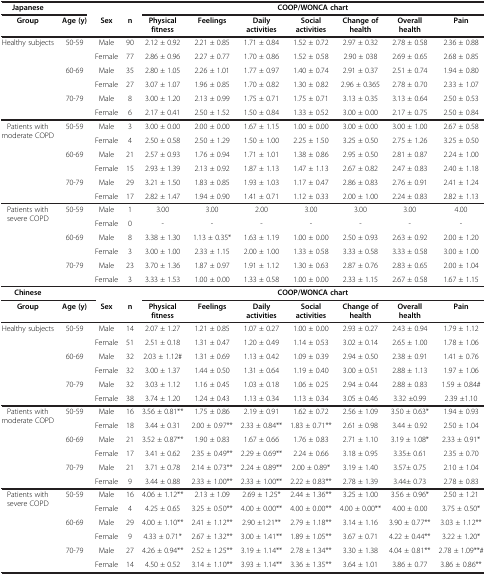
<table><thead><tr><td><b>Japanese</b></td><td><b> </b></td><td><b> </b></td><td><b> </b></td><td colspan="7"><b>COOP/WONCA chart</b></td></tr><tr><td><b>Group</b></td><td><b>Age (y)</b></td><td><b>Sex</b></td><td><b>n</b></td><td><b>Physical fitness</b></td><td><b>Feelings</b></td><td><b>Daily activities</b></td><td><b>Social activities</b></td><td><b>Change of health</b></td><td><b>Overall health</b></td><td><b>Pain</b></td></tr></thead><tbody><tr><td rowspan="4">Healthy subjects</td><td rowspan="2">50-59</td><td>Male</td><td>90</td><td>2.12 ± 0.92</td><td>2.21 ± 0.85</td><td>1.71 ± 0.84</td><td>1.52 ± 0.72</td><td>2.97 ± 0.32</td><td>2.78 ± 0.58</td><td>2.36 ± 0.88</td></tr><tr><td>Female</td><td>77</td><td>2.86 ± 0.96</td><td>2.27 ± 0.77</td><td>1.70 ± 0.86</td><td>1.52 ± 0.58</td><td>2.90 ± 038</td><td>2.69 ± 0.65</td><td>2.68 ± 0.85</td></tr><tr><td rowspan="2">60-69</td><td>Male</td><td>35</td><td>2.80 ± 1.05</td><td>2.26 ± 1.01</td><td>1.77 ± 0.97</td><td>1.40 ± 0.74</td><td>2.91 ± 0.37</td><td>2.51 ± 0.74</td><td>1.94 ± 0.80</td></tr><tr><td>Female</td><td>27</td><td>3.07 ± 1.07</td><td>1.96 ± 0.85</td><td>1.70 ± 0.82</td><td>1.30 ± 0.82</td><td>2.96 ± 0.365</td><td>2.78 ± 0.70</td><td>2.33 ± 1.07</td></tr><tr><td> </td><td>70-79</td><td>Male</td><td>8</td><td>3.00 ± 1.20</td><td>2.13 ± 0.99</td><td>1.75 ± 0.71</td><td>1.75 ± 0.71</td><td>3.13 ± 0.35</td><td>3.13 ± 0.64</td><td>2.50 ± 0.53</td></tr><tr><td> </td><td> </td><td>Female</td><td>6</td><td>2.17 ± 0.41</td><td>2.50 ± 1.52</td><td>1.50 ± 0.84</td><td>1.33 ± 0.52</td><td>3.00 ± 0.00</td><td>2.17 ± 0.75</td><td>2.50 ± 0.84</td></tr><tr><td rowspan="5">Patients with moderate COPD</td><td rowspan="2">50-59</td><td>Male</td><td>3</td><td>3.00 ± 0.00</td><td>2.00 ± 0.00</td><td>1.67 ± 1.15</td><td>1.00 ± 0.00</td><td>3.00 ± 0.00</td><td>3.00 ± 1.00</td><td>2.67 ± 0.58</td></tr><tr><td>Female</td><td>4</td><td>2.50 ± 0.58</td><td>2.50 ± 1.29</td><td>1.50 ± 1.00</td><td>2.25 ± 1.50</td><td>3.25 ± 0.50</td><td>2.75 ± 1.26</td><td>3.25 ± 0.50</td></tr><tr><td rowspan="2">60-69</td><td>Male</td><td>21</td><td>2.57 ± 0.93</td><td>1.76 ± 0.94</td><td>1.71 ± 1.01</td><td>1.38 ± 0.86</td><td>2.95 ± 0.50</td><td>2.81 ± 0.87</td><td>2.24 ± 1.00</td></tr><tr><td>Female</td><td>15</td><td>2.93 ± 1.39</td><td>2.13 ± 0.92</td><td>1.87 ± 1.13</td><td>1.47 ± 1.13</td><td>2.67 ± 0.82</td><td>2.47 ± 0.83</td><td>2.40 ± 1.18</td></tr><tr><td>70-79</td><td>Male</td><td>29</td><td>3.21 ± 1.50</td><td>1.83 ± 0.85</td><td>1.93 ± 1.03</td><td>1.17 ± 0.47</td><td>2.86 ± 0.83</td><td>2.76 ± 0.91</td><td>2.41 ± 1.24</td></tr><tr><td> </td><td> </td><td>Female</td><td>17</td><td>2.82 ± 1.47</td><td>1.94 ± 0.90</td><td>1.41 ± 0.71</td><td>1.12 ± 0.33</td><td>2.00 ± 1.00</td><td>2.24 ± 0.83</td><td>2.82 ± 1.13</td></tr><tr><td rowspan="5">Patients with severe COPD</td><td rowspan="2">50-59</td><td>Male</td><td>1</td><td>3.00</td><td>3.00</td><td>2.00</td><td>3.00</td><td>3.00</td><td>3.00</td><td>4.00</td></tr><tr><td>Female</td><td>0</td><td>-</td><td>-</td><td>-</td><td>-</td><td>-</td><td>-</td><td>-</td></tr><tr><td rowspan="2">60-69</td><td>Male</td><td>8</td><td>3.38 ± 1.30</td><td>1.13 ± 0.35*</td><td>1.63 ± 1.19</td><td>1.00 ± 0.00</td><td>2.50 ± 0.93</td><td>2.63 ± 0.92</td><td>2.00 ± 1.20</td></tr><tr><td>Female</td><td>3</td><td>3.00 ± 1.00</td><td>2.33 ± 1.15</td><td>2.00 ± 1.00</td><td>1.33 ± 0.58</td><td>3.33 ± 0.58</td><td>3.33 ± 0.58</td><td>3.00 ± 1.00</td></tr><tr><td>70-79</td><td>Male</td><td>23</td><td>3.70 ± 1.36</td><td>1.87 ± 0.97</td><td>1.91 ± 1.12</td><td>1.30 ± 0.63</td><td>2.87 ± 0.76</td><td>2.83 ± 0.65</td><td>2.00 ± 1.04</td></tr><tr><td> </td><td> </td><td>Female</td><td>3</td><td>3.33 ± 1.53</td><td>1.00 ± 0.00</td><td>1.33 ± 0.58</td><td>1.00 ± 0.00</td><td>2.33 ± 1.15</td><td>2.67 ± 0.58</td><td>1.67 ± 1.15</td></tr><tr><td><b>Chinese</b></td><td> </td><td> </td><td> </td><td colspan="7"><b>COOP/WONCA chart</b></td></tr><tr><td><b>Group</b></td><td><b>Age (y)</b></td><td><b>Sex</b></td><td><b>n</b></td><td><b>Physical fitness</b></td><td><b>Feelings</b></td><td><b>Daily activities</b></td><td><b>Social activities</b></td><td><b>Change of health</b></td><td><b>Overall health</b></td><td><b>Pain</b></td></tr><tr><td rowspan="5">Healthy subjects</td><td rowspan="2">50-59</td><td>Male</td><td>14</td><td>2.07 ± 1.27</td><td>1.21 ± 0.85</td><td>1.07 ± 0.27</td><td>1.00 ± 0.00</td><td>2.93 ± 0.27</td><td>2.43 ± 0.94</td><td>1.79 ± 1.12</td></tr><tr><td>Female</td><td>51</td><td>2.51 ± 0.18</td><td>1.31 ± 0.47</td><td>1.20 ± 0.49</td><td>1.14 ± 0.53</td><td>3.02 ± 0.14</td><td>2.65 ± 1.00</td><td>1.78 ± 1.06</td></tr><tr><td rowspan="2">60-69</td><td>Male</td><td>32</td><td>2.03 ± 1.12#</td><td>1.31 ± 0.69</td><td>1.13 ± 0.42</td><td>1.09 ± 0.39</td><td>2.94 ± 0.50</td><td>2.38 ± 0.91</td><td>1.41 ± 0.76</td></tr><tr><td>Female</td><td>32</td><td>3.00 ± 1.37</td><td>1.44 ± 0.50</td><td>1.31 ± 0.64</td><td>1.19 ± 0.40</td><td>3.00 ± 0.51</td><td>2.88 ± 1.13</td><td>1.97 ± 1.06</td></tr><tr><td>70-79</td><td>Male</td><td>32</td><td>3.03 ± 1.12</td><td>1.16 ± 0.45</td><td>1.03 ± 0.18</td><td>1.06 ± 0.25</td><td>2.94 ± 0.44</td><td>2.88 ± 0.83</td><td>1.59 ± 0.84#</td></tr><tr><td> </td><td> </td><td>Female</td><td>38</td><td>3.74 ± 1.20</td><td>1.24 ± 0.43</td><td>1.13 ± 0.34</td><td>1.13 ± 0.34</td><td>3.05 ± 0.46</td><td>3.32 ±0.99</td><td>2.39 ±1.10</td></tr><tr><td rowspan="5">Patients with moderate COPD</td><td>50-59</td><td>Male</td><td>16</td><td>3.56 ± 0.81**</td><td>1.75 ± 0.86</td><td>2.19 ± 0.91</td><td>1.62 ± 0.72</td><td>2.56 ± 1.09</td><td>3.50 ± 0.63*</td><td>1.94 ± 0.93</td></tr><tr><td> </td><td>Female</td><td>18</td><td>3.44 ± 0.31</td><td>2.00 ± 0.97**</td><td>2.33 ± 0.84**</td><td>1.83 ± 0.71**</td><td>2.61 ± 0.98</td><td>3.44 ± 0.92</td><td>2.50 ± 1.04</td></tr><tr><td rowspan="2">60-69</td><td>Male</td><td>21</td><td>3.52 ± 0.87**</td><td>1.90 ± 0.83</td><td>1.67 ± 0.66</td><td>1.76 ± 0.83</td><td>2.71 ± 1.10</td><td>3.19 ± 1.08*</td><td>2.33 ± 0.91*</td></tr><tr><td>Female</td><td>17</td><td>3.41 ± 0.62</td><td>2.35 ± 0.49**</td><td>2.29 ± 0.69**</td><td>2.24 ± 0.66</td><td>3.18 ± 0.95</td><td>3.35± 0.61</td><td>2.35 ± 0.70</td></tr><tr><td>70-79</td><td>Male</td><td>21</td><td>3.71 ± 0.78</td><td>2.14 ± 0.73**</td><td>2.24 ± 0.89**</td><td>2.00 ± 0.89*</td><td>3.19 ± 1.40</td><td>3.57± 0.75</td><td>2.10 ± 1.04</td></tr><tr><td> </td><td> </td><td>Female</td><td>9</td><td>3.44 ± 0.88</td><td>2.33 ± 1.00**</td><td>2.33 ± 1.00**</td><td>2.22 ± 0.83**</td><td>2.78 ± 1.39</td><td>3.44± 0.73</td><td>2.78 ± 0.83</td></tr><tr><td rowspan="5">Patients with severe COPD</td><td rowspan="2">50-59</td><td>Male</td><td>16</td><td>4.06 ± 1.12**</td><td>2.13 ± 1.09</td><td>2.69 ± 1.25*</td><td>2.44 ± 1.36**</td><td>3.25 ± 1.00</td><td>3.56 ± 0.96*</td><td>2.50 ± 1.21</td></tr><tr><td>Female</td><td>4</td><td>4.25 ± 0.65</td><td>3.25 ± 0.50**</td><td>4.00 ± 0.00**</td><td>4.00 ± 0.00**</td><td>4.00 ± 0.00**</td><td>4.00 ± 0.00</td><td>3.75 ± 0.50*</td></tr><tr><td rowspan="2">60-69</td><td>Male</td><td>29</td><td>4.00 ± 1.10**</td><td>2.41 ± 1.12**</td><td>2.90 ±1.21**</td><td>2.79 ± 1.18**</td><td>3.14 ± 1.16</td><td>3.90 ± 0.77**</td><td>3.03 ± 1.12**</td></tr><tr><td>Female</td><td>9</td><td>4.33 ± 0.71*</td><td>2.67 ± 1.32**</td><td>3.00 ± 1.41**</td><td>1.89 ± 1.05**</td><td>3.67 ± 0.71</td><td>4.22 ± 0.44**</td><td>3.22 ± 1.20*</td></tr><tr><td>70-79</td><td>Male</td><td>27</td><td>4.26 ± 0.94**</td><td>2.52 ± 1.25**</td><td>3.19 ± 1.14**</td><td>2.78 ± 1.34**</td><td>3.30 ± 1.38</td><td>4.04 ± 0.81**</td><td>2.78 ± 1.09**#</td></tr><tr><td> </td><td> </td><td>Female</td><td>14</td><td>4.50 ± 0.52</td><td>3.14 ± 1.10**</td><td>3.93 ± 1.14**</td><td>3.36 ± 1.35**</td><td>3.64 ± 1.01</td><td>3.86 ± 0.77</td><td>3.86 ± 0.86**</td></tr></tbody></table>